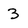
Character: 3